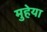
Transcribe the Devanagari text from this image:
मुहेया